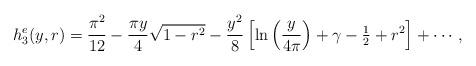
LaTeX: \begin{align*}h_3^e(y,r)=\frac{\pi^2}{12}-\frac{\pi y}{4}\sqrt{1-r^2}-\frac{y^2}{8} \left[\ln\left(\frac{y}{4\pi}\right)+\gamma-{\textstyle\frac{1}{2}} +r^2\right]+\cdots,\end{align*}